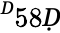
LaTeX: ^Ḋ58Ḍ